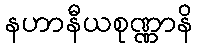
နဟာနီယစုဏ္ဏာနိ